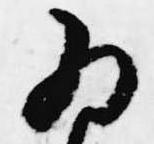
為